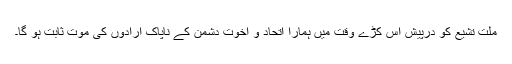
ملت تشیع کو درپیش اس کڑے وقت میں ہمارا اتحاد و اخوت دشمن کے ناپاک ارادوں کی موت ثابت ہو گا۔